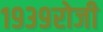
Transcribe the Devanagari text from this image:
१९३९रोजी